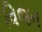
વિજન